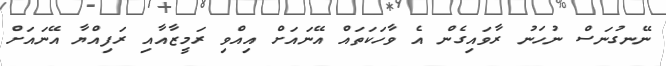
ނޭނގުނަސް ނުހަނު ރާވައިގެން އެ ވާހަކަތައް އޭނައަށް އިއްވި ރަމީޒާއާއި ރަފިއްޔާ އޭނައަށް